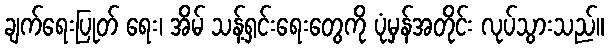
ချက်ရေးပြုတ် ရေး၊ အိမ် သန့်ရှင်းရေးတွေကို ပုံမှန်အတိုင်း လုပ်သွားသည်။